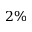
2 \%